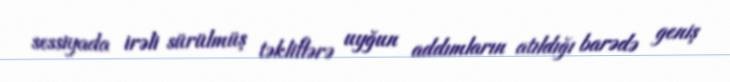
sessiyada irəli sürülmüş təkliflərə uyğun addımların atıldığı barədə geniş